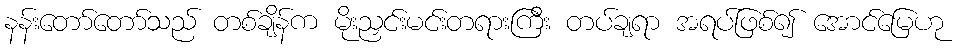
နန်းတော်တော်သည် တစ်ချိန်က မိုးညှင်းမင်းတရားကြီး တပ်ချရာ အရပ်ဖြစ်၍ အောင်မြေဟု